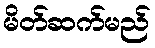
မိတ်ဆက်မည်